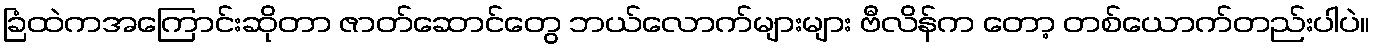
ခြံထဲကအကြောင်းဆိုတာ ဇာတ်ဆောင်တွေ ဘယ်လောက်များများ ဗီလိန်က တော့ တစ်ယောက်တည်းပါပဲ။